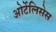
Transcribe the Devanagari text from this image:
ओर्टेलिसेस